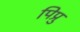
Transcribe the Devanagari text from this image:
पिप्रु